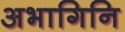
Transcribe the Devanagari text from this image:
अभागिनि